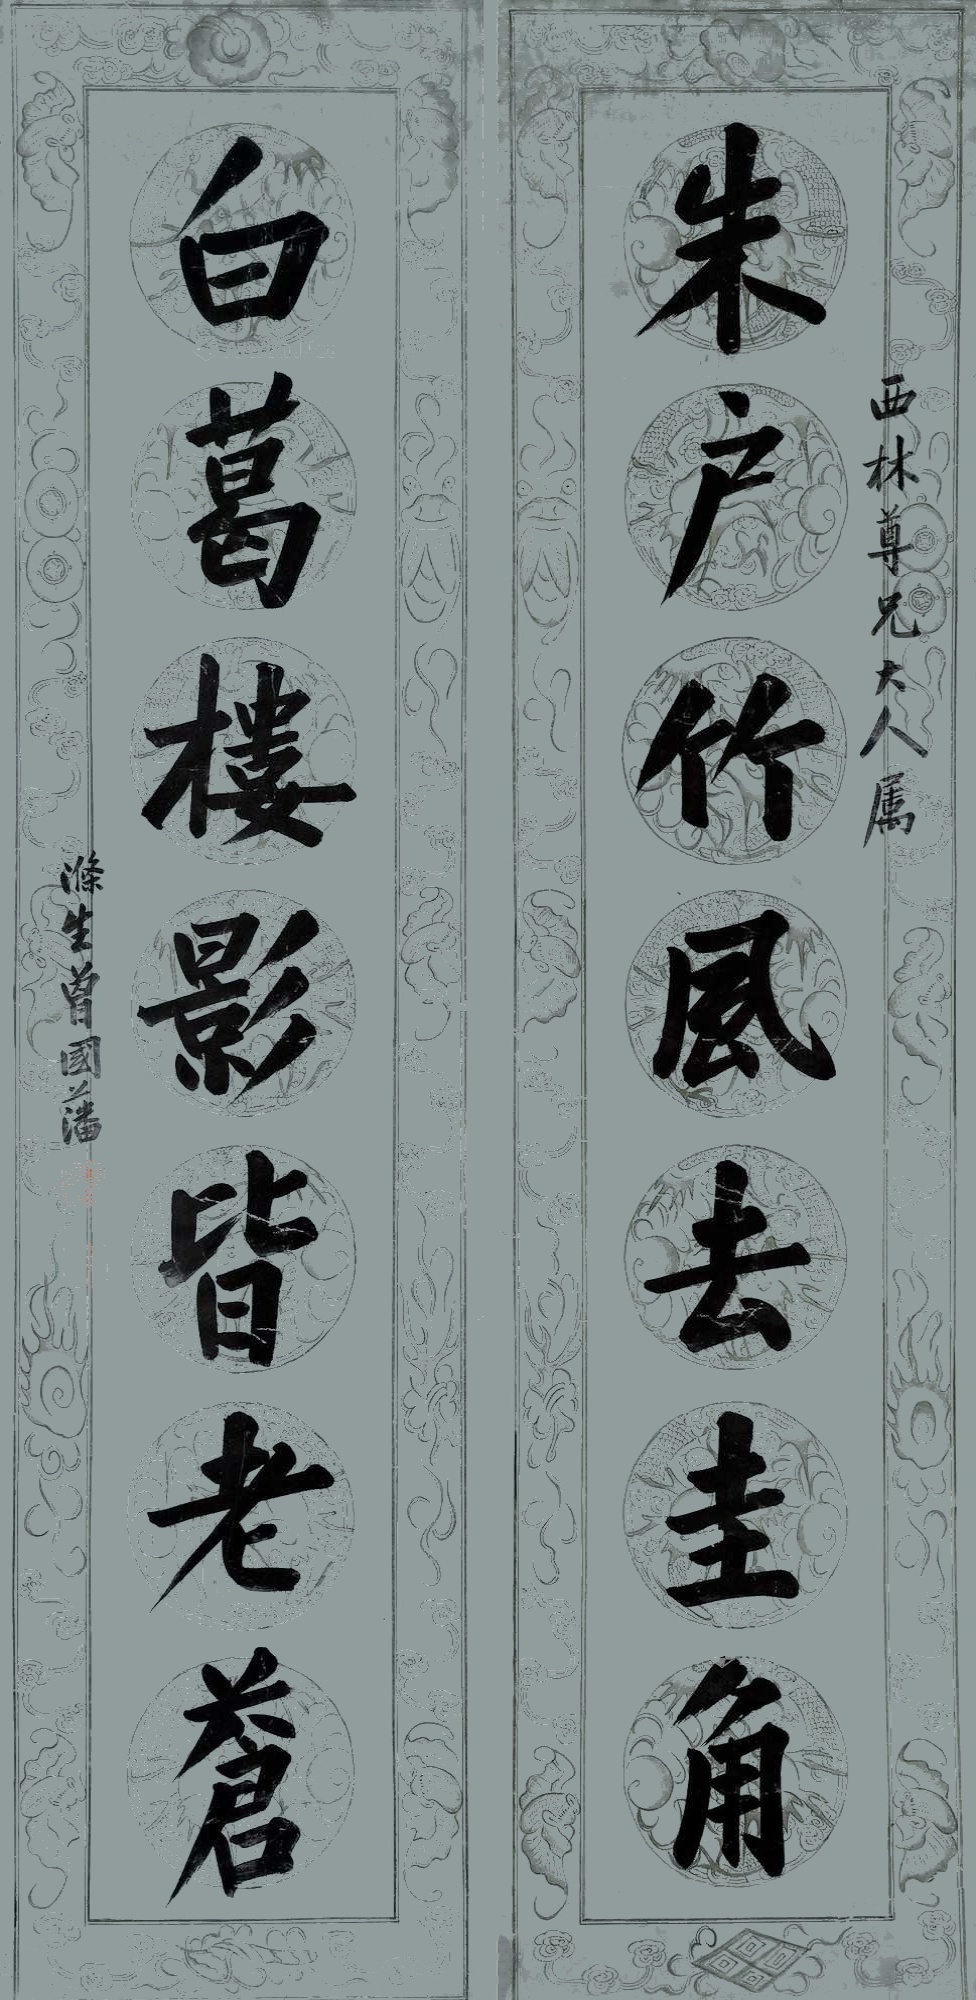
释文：朱户竹风去圭角，白葛楼影皆老苍。西林尊兄大人属。涤生曾国藩。